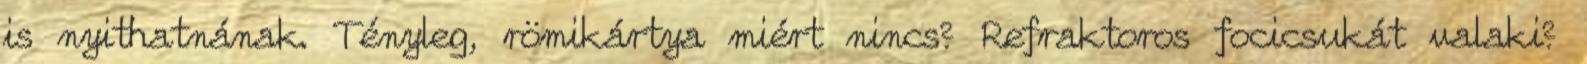
is nyithatnának. Tényleg, römikártya miért nincs? Refraktoros focicsukát valaki?